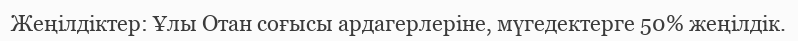
Жеңілдіктер: Ұлы Отан соғысы ардагерлеріне, мүгедектерге 50% жеңілдік.